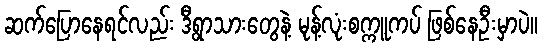
ဆက်ပြောနေရင်လည်း ဒီရွာသားတွေနဲ့ မုန့်လုံးစက္ကူကပ် ဖြစ်နေဦးမှာပဲ။